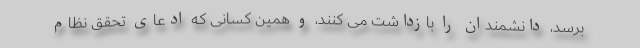
برسد، دانشمندان را بازداشت می کنند، و همین کسانی که ادعای تحقق نظام